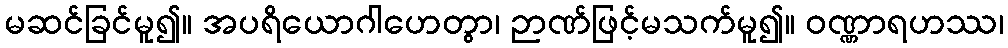
မဆင်ခြင်မူ၍။ အပရိယောဂါဟေတွာ၊ ဉာဏ်ဖြင့်မသက်မူ၍။ ဝဏ္ဏာရဟဿ၊